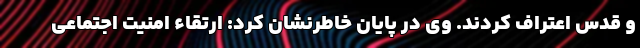
و قدس اعتراف کردند. وی در پایان خاطرنشان کرد: ارتقاء امنیت اجتماعی